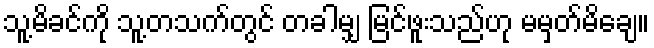
သူ့မိခင်ကို သူ့တသက်တွင် တခါမျှ မြင်ဖူးသည်ဟု မမှတ်မိချေ။